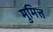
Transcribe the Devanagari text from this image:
मुमित्त